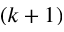
( k + 1 )